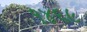
૧૪૬૯